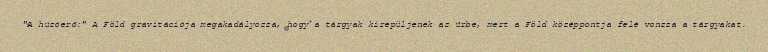
"A húzóerő:" A Föld gravitációja megakadályozza, hogy a tárgyak kirepüljenek az űrbe, mert a Föld középpontja felé vonzza a tárgyakat.